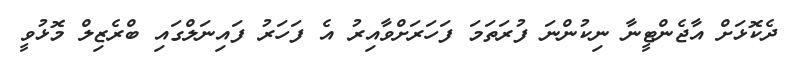
ދެކޮޅަށް އާޖެންޓީނާ ނިކުންނަ ފުރަތަމަ ފަހަރަށްވާއިރު އެ ފަހަރު ފައިނަލްގައި ބްރެޒިލް މޮޅުވީ